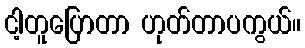
ငါ့တူပြောတာ ဟုတ်တာပကွယ်။